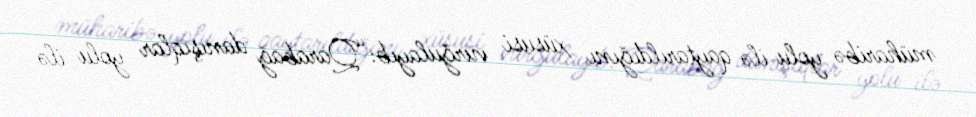
müharibə yolu ilə qaytarıldığını xüsusi vurğulayıb:“Qarabağ danışıqlar yolu ilə